Indian journal of veterinary science and animal husbandry - Volume 10,
Year: 1940
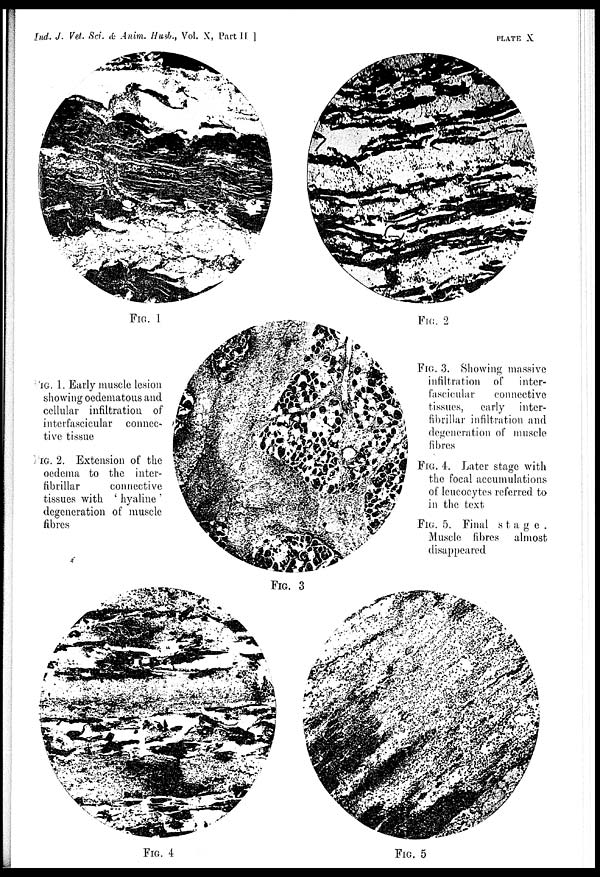
Ind. J. Vet. Sci. & Anim. Husb., Vol. X, Part II ]
PLATE
X
FIG. 1
FIG. 2
FIG. 3
FIG. 4
FIG. 5
FIG. 1. Early muscle lesion
showing oedematous and
cellular infiltration of
interfascicular connec-
tive tissue
FIG. 2. Extension of the
oedema to the inter-
fibrillar
connective
tissues with ' hyaline '
degeneration of muscle
fibres
FIG. 3. Showing massive
infiltration of inter-
fascicular
connective
tissues, early inter-
fibrillar infiltration and
degeneration of muscle
fibres
FIG. 4. Later stage with
the focal accumulations
of leucocytes referred to
in the text
FIG. 5. Final stage.
Muscle fibres almost
disappeared